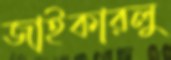
জাইকারলু